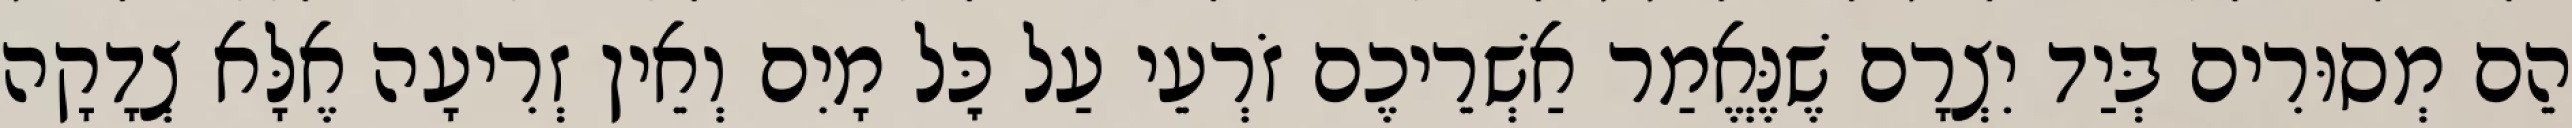
הֵם מְסוּרִים בְּיַד יִצְרָם שֶׁנֶּאֱמַר אַשְׁרֵיכֶם זֹרְעֵי עַל כׇּל מָיִם וְאֵין זְרִיעָה אֶלָּא צְדָקָה